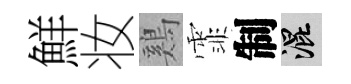
鮮妆鷄霏制混